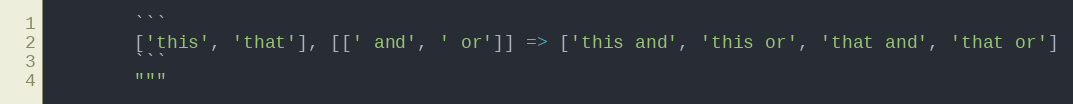
Language: Python
        ```
        ['this', 'that'], [[' and', ' or']] => ['this and', 'this or', 'that and', 'that or']
        ```
        """